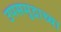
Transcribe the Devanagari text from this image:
उपसमुद्राच्या